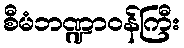
စီမံဘဏ္ဍာဝန်ကြီး